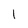
Character: 1